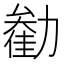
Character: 𫦺